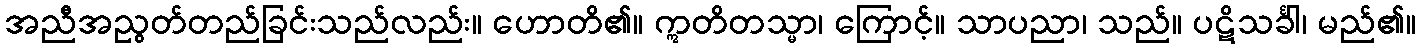
အညီအညွတ်တည်ခြင်းသည်လည်း။ ဟောတိ၏။ ဣတိတသ္မာ၊ ကြောင့်။ သာပညာ၊ သည်။ ပဋိသင်္ခါ၊ မည်၏။